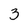
Character: 3